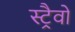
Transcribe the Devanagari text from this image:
स्ट्रैवो